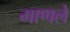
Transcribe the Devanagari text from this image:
माणले